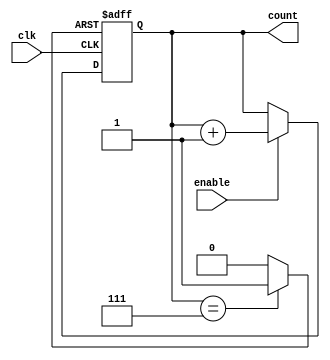
module mod_n_async_counter #(parameter N = 8) (
    input wire clk,          // Clock input
    input wire enable,       // Enable input
    output reg [N-1:0] count // Counter output
);

    // Calculate the number of bits needed for the counter
    localparam WIDTH = $clog2(N);

    // Asynchronous reset logic
    wire reset;
    assign reset = (count == (N-1)) ? 1'b1 : 1'b0;

    // Counter logic
    always @(posedge clk or posedge reset) begin
        if (reset) begin
            count <= 0; // Reset the counter
        end else if (enable) begin
            count <= count + 1; // Increment the counter
        end
    end

endmodule